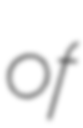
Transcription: of